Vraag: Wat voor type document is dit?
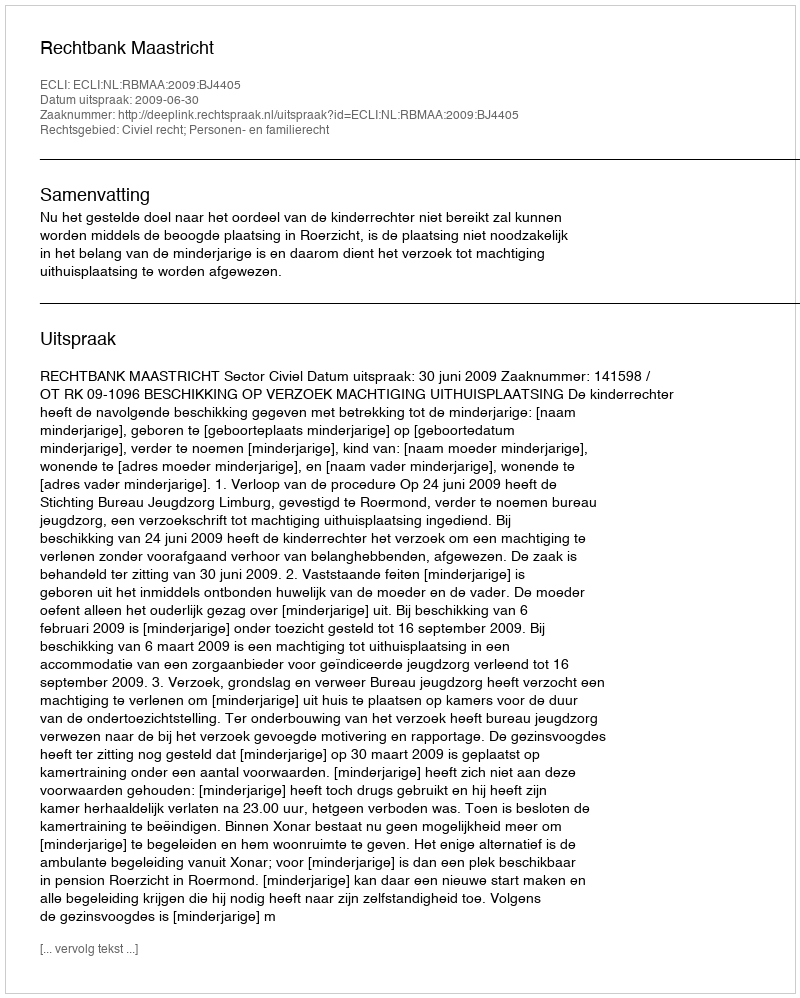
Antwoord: Uitspraak